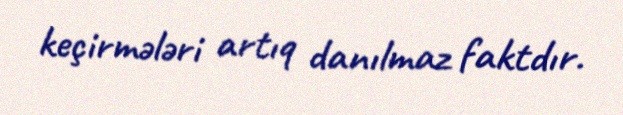
keçirmələri artıq danılmaz faktdır.